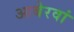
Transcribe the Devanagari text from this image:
आबेरवां